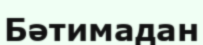
Бәтимадан